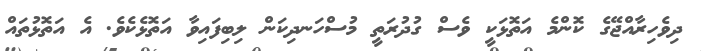
ދިވެހިރާއްޖޭގެ ކޮންމެ އަތޮޅަކީ ވެސް ގުދުރަތީ މުސްހަނދިކަން ލިބިފައިވާ އަތޮޅެކެވެ. އެ އަތޮޅުތައް